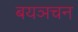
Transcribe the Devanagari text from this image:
बयञचन